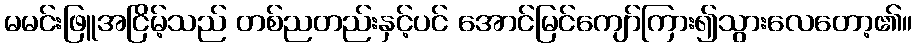
မမင်းဖြူအငြိမ့်သည် တစ်ညတည်းနှင့်ပင် အောင်မြင်ကျော်ကြား၍သွားလေတော့၏။